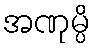
အဏုမ္ပိ